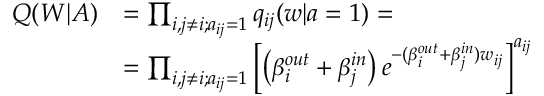
\begin{array} { r l } { Q ( W | A ) } & { = \prod _ { i , j \neq i ; a _ { i j } = 1 } q _ { i j } ( w | a = 1 ) = } \\ & { = \prod _ { i , j \neq i ; a _ { i j } = 1 } \left[ \left( \beta _ { i } ^ { o u t } + \beta _ { j } ^ { i n } \right) e ^ { - ( \beta _ { i } ^ { o u t } + \beta _ { j } ^ { i n } ) w _ { i j } } \right] ^ { a _ { i j } } } \end{array}